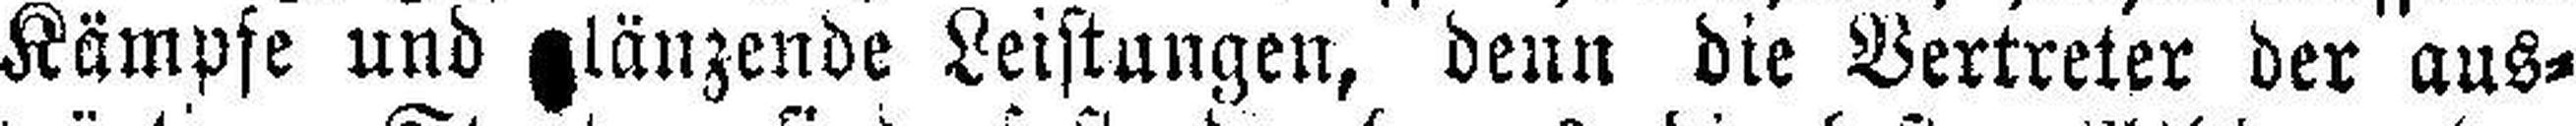
Kämpfe und glänzende Leistungen, denn die Vertreter der aus¬